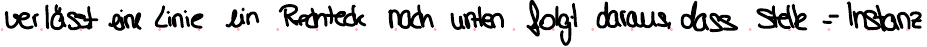
verlässt eine Linie ein Rechteck nach unten folgt daraus, dass Stelle = Instanz